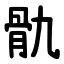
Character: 骩